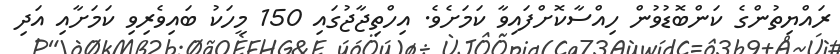
ރައްޔިތުންގެ ކަންބޮޑުވުން ހިއްސާކޮށްފައިވާ ކަމަށެވެ. އިހްތިޖާޖުގައި 150 މީހަކު ބައިވެރިވި ކަމަށާއި އަދި